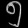
Digit: ၅